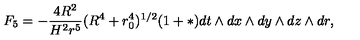
F _ { 5 } = - { \frac { 4 R ^ { 2 } } { H ^ { 2 } r ^ { 5 } } } ( R ^ { 4 } + r _ { 0 } ^ { 4 } ) ^ { 1 / 2 } ( 1 + * ) d t \wedge d x \wedge d y \wedge d z \wedge d r ,